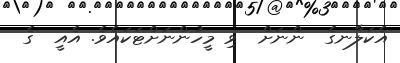
އެކަލާނގެ  ންނަށް  ވި މީހުންނަށްޓަކައެވެ. އެއީ  ގެ